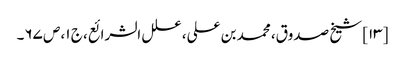
[۱۳] شیخ صدوق، محمد بن علی، علل الشرائع، ج ۱، ص ۶۷۔